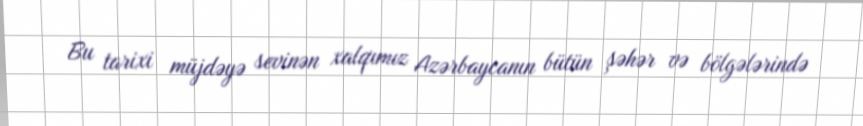
Bu tarixi müjdəyə sevinən xalqımız Azərbaycanın bütün şəhər və bölgələrində